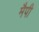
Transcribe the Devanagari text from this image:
मैपी